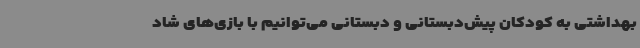
بهداشتی به کودکان پیش‌دبستانی و دبستانی می‌توانیم با بازی‌های شاد